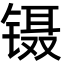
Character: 镊